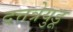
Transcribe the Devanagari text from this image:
दत्तत्रेयुडू